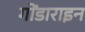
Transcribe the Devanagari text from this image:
गोंडाराइन